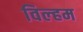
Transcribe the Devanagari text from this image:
विल्‍हम